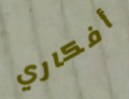
أفكاري